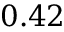
0 . 4 2